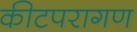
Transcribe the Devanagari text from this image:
कीटपरागण